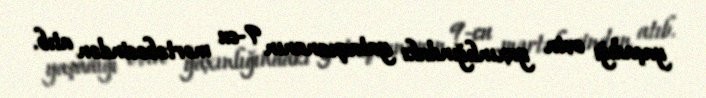
yaşadığı evin yaxınlığındakı yataqxananın 9-cu mərtəbəsindən atıb.